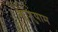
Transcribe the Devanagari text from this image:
श्रुणुयाम